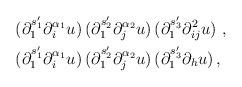
LaTeX: \begin{align*}& (\partial_1^{s'_1}\partial_i^{\alpha_1} u)\, (\partial_1^{s'_2}\partial_j^{\alpha_2}u)\, (\partial_1^{s'_3}\partial^2_{ij}u )\ , \\& (\partial_1^{s'_1}\partial_i^{\alpha_1} u)\, (\partial_1^{s'_2}\partial_j^{\alpha_2}u)\, (\partial_1^{s'_3}\partial_h u )\,,\end{align*}